Civil Veterinary Dept. Bombay admin report 1893-99 - 1893-1899
Year: 1893
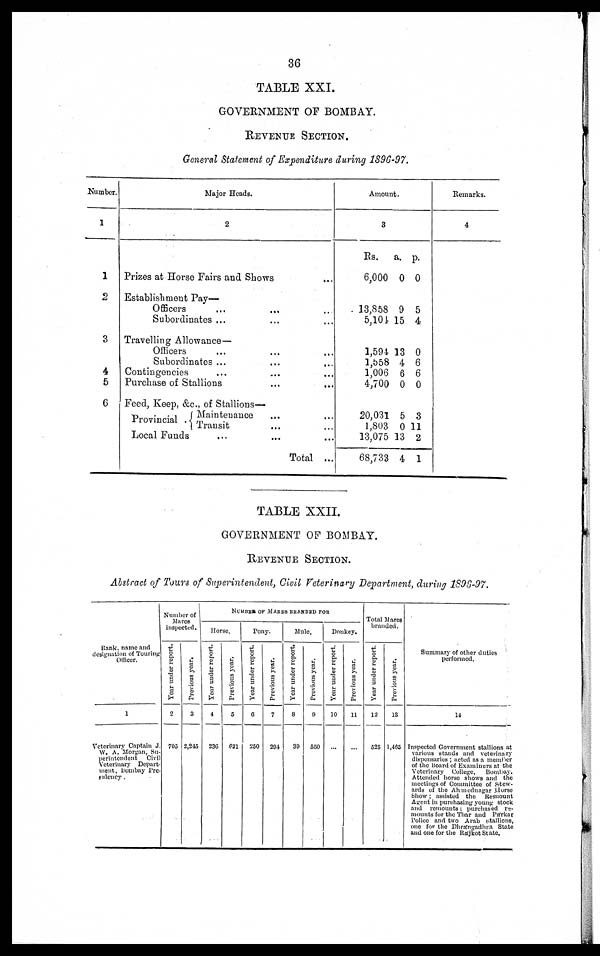
36
TABLE XXI.
GOVERNMENT OF BOMBAY.
REVENUE
SECTION.
General Statement of Expenditure during 1896-97.
Number.
1
1
2
3
4
5
6
Major Heads.
2
Prizes at Horse Fairs and Shows ...
Establishment Pay-
Officers ... ... ...
Subordinates ... ... ...
Travelling Allowance—
Officers ... ... ...
Subordinates ... ... ...
Contingencies ... ... ...
Purchase of Stallions ... ...
Feed, Keep, &c., of Stallions—
Provincial
.
Maintenance ... ...
Transit ... ...
Local Funds ... ... ...
Total ...
Amount.
3
Rs.
6,000
a.
0
p.
0
13,858
5,104
9
15
5
4
1,594
1,558
1,006
4,700
13
4
6
0
0
6
6
0
20,031
1,803
13,075
68,733
5
0
13
4
3
11
2
1
Remarks.
4
TABLE XXII.
GOVERNMENT OF BOMBAY.
REVENUE SECTION.
Abstract of Tours of Superintendent, Civil Veterinary Department, during 1896-97.
Bank, name and
designation of Touring
Officer.
1
Veterinary Captain J.
W. A. Morgan, Su-
perintendent
Civil
Vetevinary Depart-
ment, Bombay Pre-
sidency.
Number of
Mares
inspected.
Year under report.
2
705
Previous year.
3
2,245
NUMBER OF MARES BRANDED FOR
Horse.
Year
under report.
4
236
Previous year.
5
621
Pony.
Year under report.
6
250
Previous year.
7
294
Mule.
Year under report.
8
39
Previous year.
9
550
Donkey.
Year under report.
10
...
Previous year.
11
...
Total Mares
branded.
Year under report.
12
525
Previous year.
13
1,465
Summary of other duties
performed.
14
Inspected Government stallions at
various stands and veterinary
dispensaries; acted as a member
of the Hoard of Examiners at the
Veterinary
College,
Bombay.
Attended horse shows and the
meetings of Committee of Stew-
ards of the Ahmednagar Horse
Show; assisted the
Remount
Agent in purchasing young stock
and remounts; purchased re-
mounts for the Thar and Parkar
Police and two Arab stallions,
one for the Dhrángadhra State
and one for the Rájkot State.